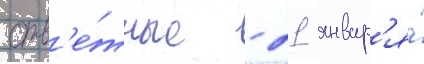
отв'е́тные - 21 январ'я́